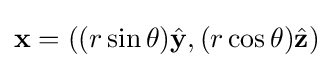
\mathbf {x} =((r\sin \theta ){\hat {\mathbf {y} }},(r\cos \theta ){\hat {\mathbf {z} }})